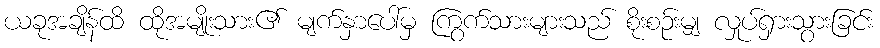
ယခုအချိန်ထိ ထိုအမျိုးသား၏ မျက်နှာပေါ်မှ ကြွက်သားများသည် စိုးစဉ်းမျှ လှုပ်ရှားသွားခြင်း